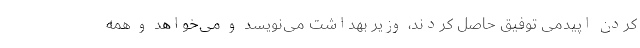
کردن اپیدمی توفیق حاصل کردند، وزیر بهداشت می‌نویسد و می‌خواهد و همه